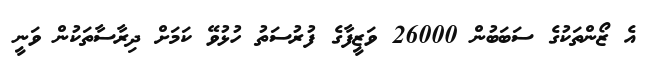
އެ ޒޯންތަކުގެ ސަބަބުން 26000 ވަޒީފާގެ ފުރުސަތު ހުޅުވޭ ކަމަށް ދިރާސާތަކުން ވަނީ